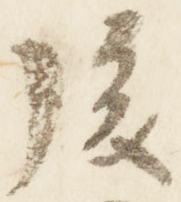
後